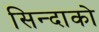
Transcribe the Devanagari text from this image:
सिन्दाको